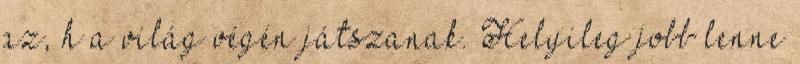
az, h a világ végén játszanak. Helyileg jobb lenne